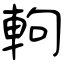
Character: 軥